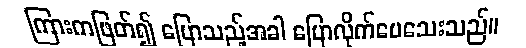
ကြားကဖြတ်၍ ပြောသည့်အခါ ပြောလိုက်ပေသေးသည်။